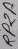
Text: RP2A